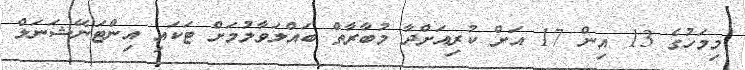
މިމަހުގެ 13 އިން 17 އަށް ކުރިއަށްދާ މުބާރާތް ބައްލަވާލުމަށް ޓަކައި އިންޓަނޭޝަނަލް